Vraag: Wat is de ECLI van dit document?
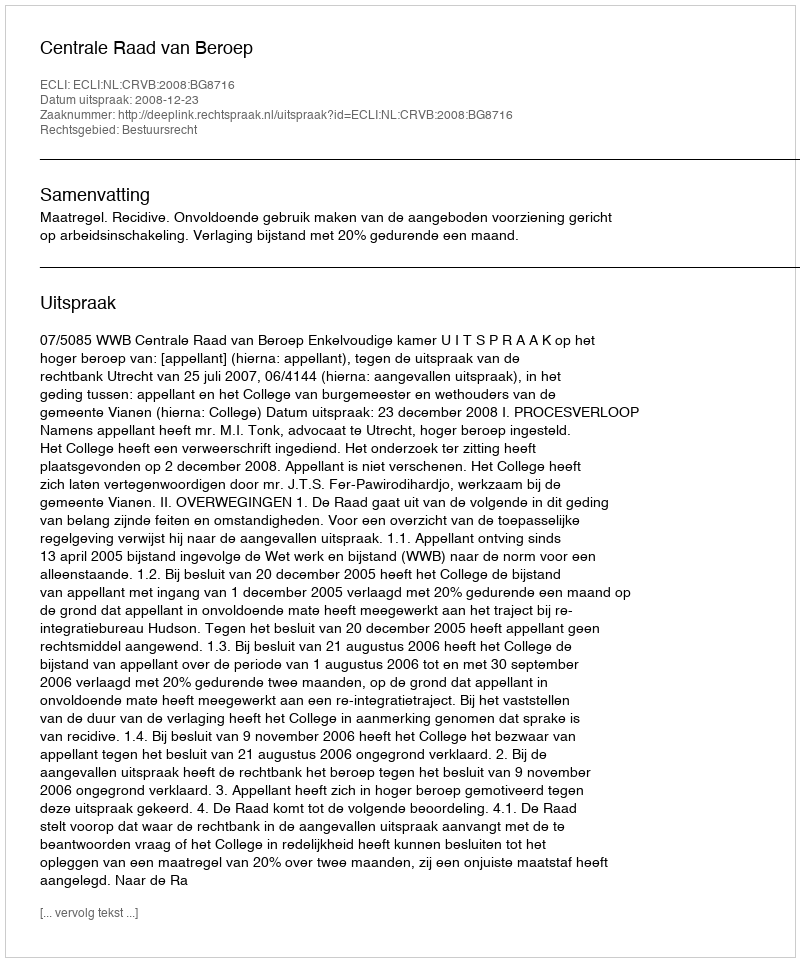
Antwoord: ECLI:NL:CRVB:2008:BG8716